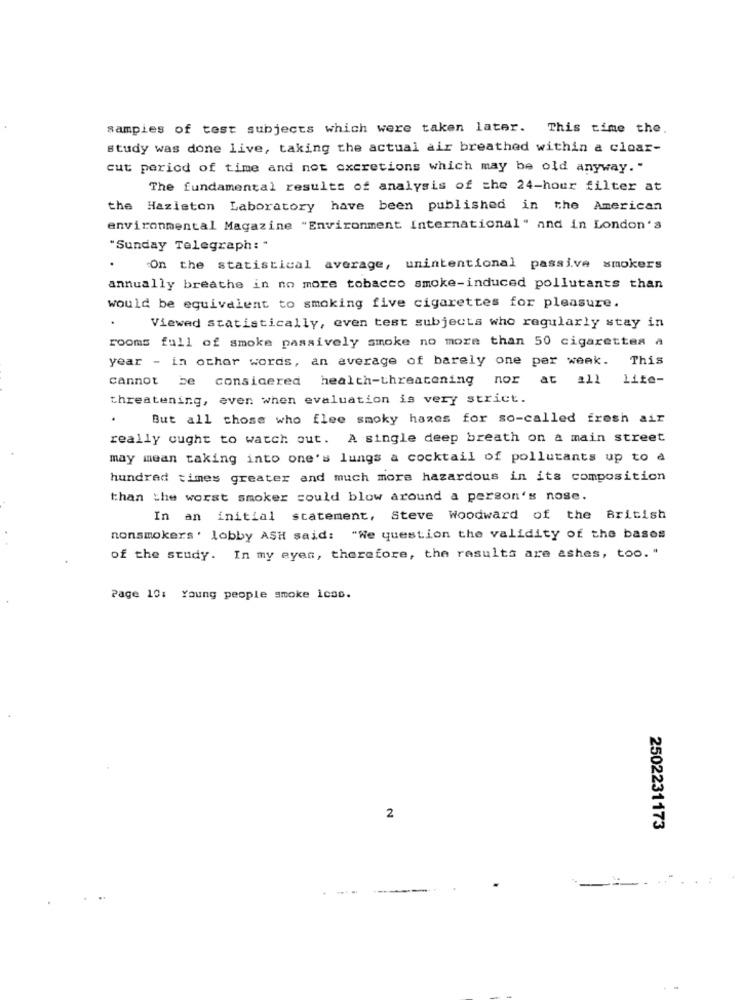
sampies of test subjects which were taken later. This time the.
study was done live, taking the actual air breathed within a cloar-
cut period of time and not excretions which may be old anyway."
The fundamental results of analysis of the 24-hour filter at
the Hazleton Laboratory have been published in the American
environmental Magazine "Environment International" and in London's
"Sunday Telegraph: "
On the statistical average, unintentional passive smokers
annually breathe in no more tobacco smoke-induced pollutants than
would be equivalent to smoking five cigarettes for pleasure.
.
Viewed statistically, even test subjects who regularly stay in
rooms full of smoke passively smoke no more than 50 cigarettes a
year - in other words, an average of barely one per week. This
cannot be considered health-threatening nor at all lite-
threatening, even when evaluation is very strict.
But all those who flee smoky hazes for so-called fresh air
really ought to watch out. A single deep breath on a main street
may mean taking into one's lungs a cocktail of pollutants up to a
hundred times greater and much more hazardous in its composition
than the worst smoker could blow around a person's nose.
In an initial statement, Steve Woodward of the British
nonsmokers' lobby ASH said: "We question the validity of the bases
of the study. In my eyes, therefore, the results are ashes, too. "
Page 10: Young people smoke Icao.
2
2502231173
---